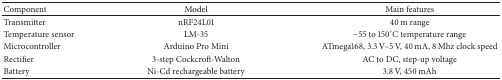
<table><thead><tr><td><b>Component</b></td><td><b>Model</b></td><td><b>Main features</b></td></tr></thead><tbody><tr><td>Transmitter</td><td>nRF24L01</td><td>40 m range</td></tr><tr><td>Temperature sensor</td><td>LM-35</td><td>−55 to 150°C temperature range</td></tr><tr><td>Microcontroller</td><td>Arduino Pro Mini</td><td>ATmega168, 3.3 V–5 V, 40 mA, 8 Mhz clock speed</td></tr><tr><td>Rectifier</td><td>3-step Cockcroft-Walton</td><td>AC to DC, step-up voltage</td></tr><tr><td>Battery</td><td>Ni-Cd rechargeable battery</td><td>3.8 V, 450 mAh</td></tr></tbody></table>